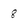
Character: 8